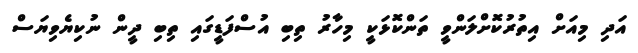
އަދި މިއަށް އިތުރުކޮށްލަންވީ ތަންކޮޅަކީ މިހާރު ތިބި އުސްފަޑީގައި ތިބި ދީން ނުކިޔެވިޔަސް